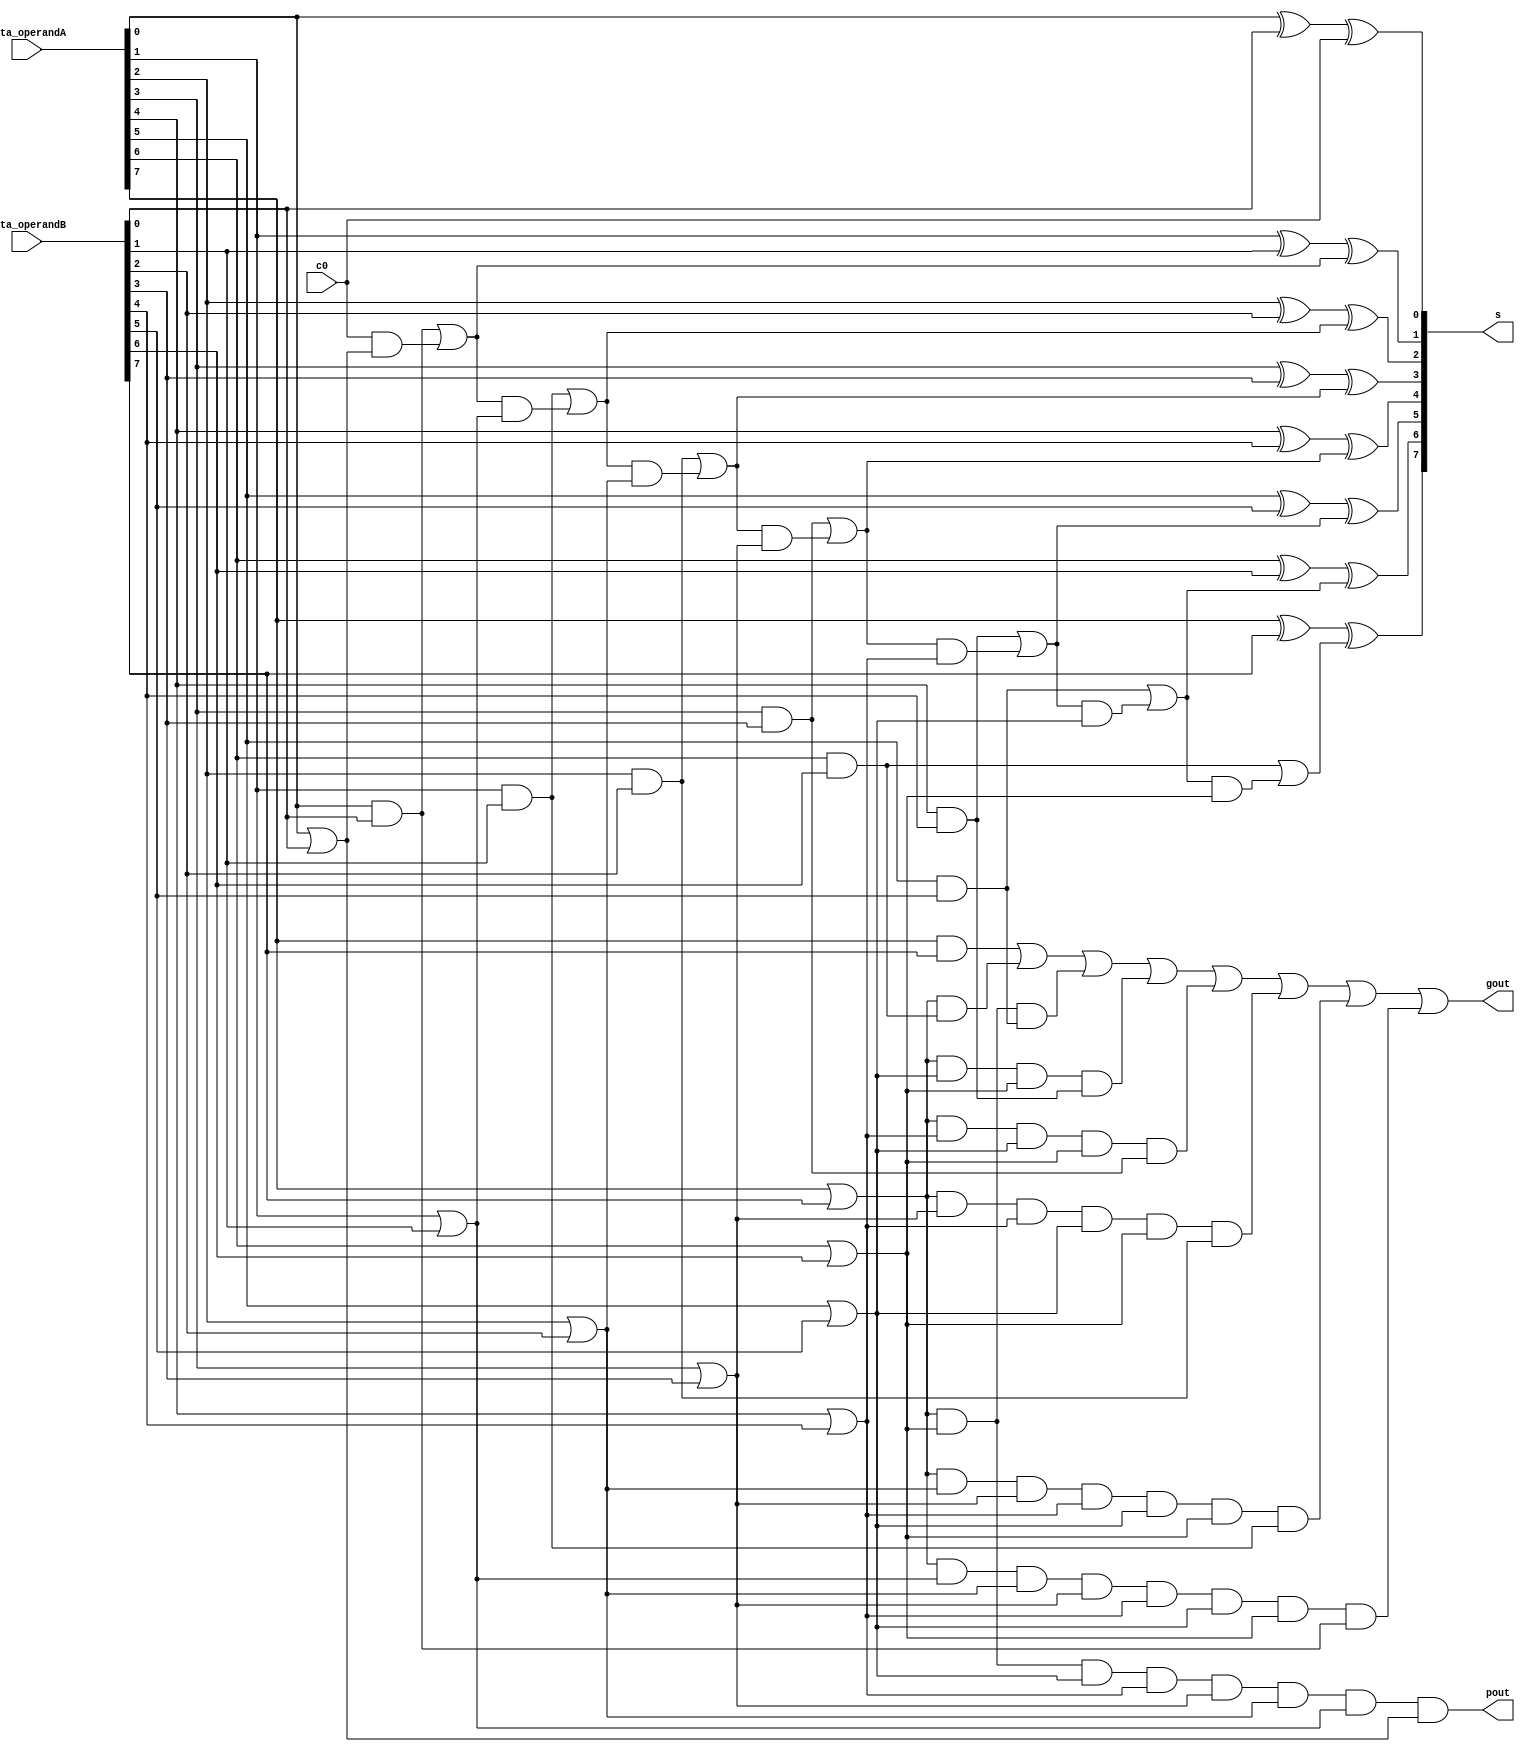
module carry_lookahead_8bit(s, gout, pout, data_operandA, data_operandB, c0);

    input [7:0] data_operandA, data_operandB;
    input c0;

    output [7:0] s;
    output gout, pout;

    // carry

    wire g0, p0, pc0,
        c1, g1, p1, pc1,
        c2, g2, p2, pc2,
        c3, g3, p3, pc3,
        c4, g4, p4, pc4,
        c5, g5, p5, pc5,
        c6, g6, p6, pc6,
        c7, g7, p7, pc7;

    and G0(g0, data_operandA[0], data_operandB[0]);
    or P0(p0, data_operandA[0], data_operandB[0]);
    and PC0(pc0, c0, p0);
    or C1(c1, g0, pc0);

    and G1(g1, data_operandA[1], data_operandB[1]);
    or P1(p1, data_operandA[1], data_operandB[1]);
    and PC1(pc1, c1, p1);
    or C2(c2, g1, pc1);

    and G2(g2, data_operandA[2], data_operandB[2]);
    or P2(p2, data_operandA[2], data_operandB[2]);
    and PC2(pc2, c2, p2);
    or C3(c3, g2, pc2);

    and G3(g3, data_operandA[3], data_operandB[3]);
    or P3(p3, data_operandA[3], data_operandB[3]);
    and PC3(pc3, c3, p3);
    or C4(c4, g3, pc3);

    and G4(g4, data_operandA[4], data_operandB[4]);
    or P4(p4, data_operandA[4], data_operandB[4]);
    and PC4(pc4, c4, p4);
    or C5(c5, g4, pc4);

    and G5(g5, data_operandA[5], data_operandB[5]);
    or P5(p5, data_operandA[5], data_operandB[5]);
    and PC5(pc5, c5, p5);
    or C6(c6, g5, pc5);

    and G6(g6, data_operandA[6], data_operandB[6]);
    or P6(p6, data_operandA[6], data_operandB[6]);
    and PC6(pc6, c6, p6);
    or C7(c7, g6, pc6);

    and G7(g7, data_operandA[7], data_operandB[7]);
    or P7(p7, data_operandA[7], data_operandB[7]);

    // sum

    xor SUM0(s[0], data_operandA[0], data_operandB[0], c0);
    xor SUM1(s[1], data_operandA[1], data_operandB[1], c1);
    xor SUM2(s[2], data_operandA[2], data_operandB[2], c2);
    xor SUM3(s[3], data_operandA[3], data_operandB[3], c3);
    xor SUM4(s[4], data_operandA[4], data_operandB[4], c4);
    xor SUM5(s[5], data_operandA[5], data_operandB[5], c5);
    xor SUM6(s[6], data_operandA[6], data_operandB[6], c6);
    xor SUM7(s[7], data_operandA[7], data_operandB[7], c7);

    // propogate & generate functions

    wire p7_thru_g6_and,
         p7_thru_g5_and,
         p7_thru_g4_and,
         p7_thru_g3_and,
         p7_thru_g2_and,
         p7_thru_g1_and,
         p7_thru_g0_and;

    and p7THRUg6AND(p7_thru_g6_and, p7, g6);
    and p7THRUg5AND(p7_thru_g5_and, p7, p6, g5);
    and p7THRUg4AND(p7_thru_g4_and, p7, p5, p6, g4);
    and p7THRUg3AND(p7_thru_g3_and, p7, p4, p5, p6, g3);
    and p7THRUg2AND(p7_thru_g2_and, p7, p3, p4, p5, p6, g2);
    and p7THRUg1AND(p7_thru_g1_and, p7, p2, p3, p4, p5, p6, g1);
    and p7THRUg0AND(p7_thru_g0_and, p7, p1, p2, p3, p4, p5, p6, g0);

    and pOUT(pout, p7, p6, p5, p4, p3, p2, p1, p0);
    or gOUT(gout, g7, p7_thru_g6_and, p7_thru_g5_and, p7_thru_g4_and, p7_thru_g3_and, p7_thru_g2_and, p7_thru_g1_and, p7_thru_g0_and);

endmodule